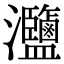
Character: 𤅸